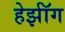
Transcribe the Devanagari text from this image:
हेर्झॉग